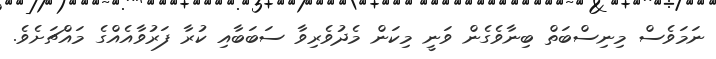
ނަމަވެސް މިނިސްބަތް ބިނާވެގެން ވަނީ މިކަން މެދުވެރިވާ ސަބަބާއި ކުރާ ފަރުވާއެއްގެ މައްޗަށެވެ.